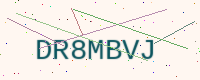
Text: DR8MBVJ